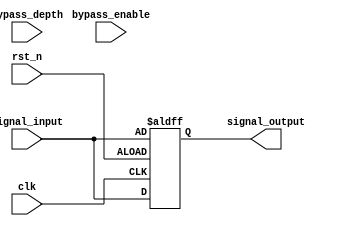
module Variable_Depth_Bypass_Register (
    input wire clk,
    input wire rst_n,
    input wire bypass_enable,
    input wire [7:0] bypass_depth,
    input wire [7:0] signal_input,
    output reg [7:0] signal_output
);

reg [7:0] bypass_counter;

always @ (posedge clk or negedge rst_n) begin
    if (~rst_n) begin
        bypass_counter <= 8'b0;
        signal_output <= signal_input;
    end else begin
        if (bypass_enable & bypass_counter < bypass_depth) begin
            bypass_counter <= bypass_counter + 1;
            signal_output <= signal_input;
        end else begin
            bypass_counter <= 8'b0;
            signal_output <= signal_input;
        end
    end
end

endmodule